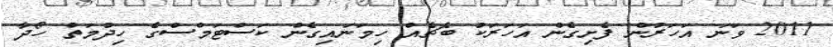
2011 ވަނަ އަހަރުން ފެށިގެން އަހަރަކު ބެޗެއް ހިމަނައިގެން ކަސްޓަމްސްގެ ހިދުމަތް ހޯދާ